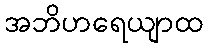
အဘိဟရေယျာထ